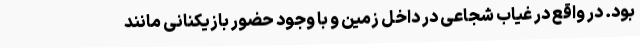
بود. در واقع در غیاب شجاعی در داخل زمین و با وجود حضور بازیکنانی مانند